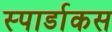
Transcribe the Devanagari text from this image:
स्पार्डाकस